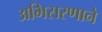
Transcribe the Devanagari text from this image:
अभिसरणाने